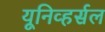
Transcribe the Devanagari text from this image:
यूनिव्हर्सल